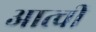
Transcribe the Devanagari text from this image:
आत्ची